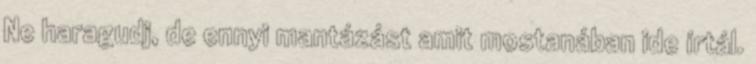
Ne haragudj, de ennyi mantázást amit mostanában ide írtál.